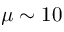
\mu \sim 1 0